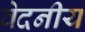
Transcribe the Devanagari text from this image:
वेदनीय